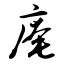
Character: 庵